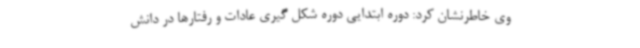
وی خاطرنشان کرد: دوره ابتدایی دوره شکل گیری عادات و رفتارها در دانش